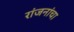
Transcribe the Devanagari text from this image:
रांजनांचा